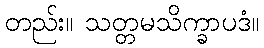
တည်း။ သတ္တမသိက္ခာပဒံ။